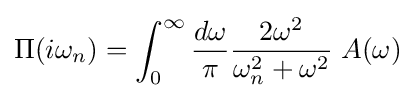
\Pi (i\omega _{n})=\int _{0}^{\infty }{\frac {d\omega }{\pi }}{\frac {2\omega ^{2}}{\omega _{n}^{2}+\omega ^{2}}}\;A(\omega )